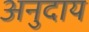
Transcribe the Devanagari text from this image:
अनुदाय